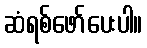
ဆံရစ်ဖော်ပေးပါ။